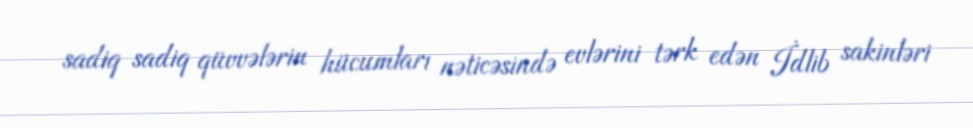
sadiq sadiq qüvvələrin hücumları nəticəsində evlərini tərk edən İdlib sakinləri